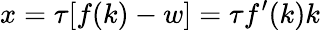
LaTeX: x=\tau[f(k)-w]=\tau f^{\prime}(k)k